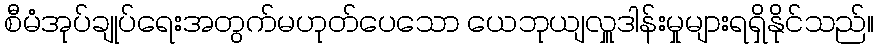
စီမံအုပ်ချုပ်ရေးအတွက်မဟုတ်ပေသော ယေဘုယျလှူဒါန်းမှုများရရှိနိုင်သည်။